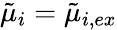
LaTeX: \tilde{\mu}_{i}=\tilde{\mu}_{i,ex}